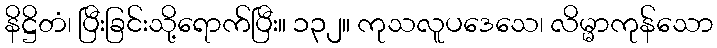
နိဋ္ဌိတံ၊ ပြီးခြင်းသို့ရောက်ပြီး။ ၁၃၂။ ကုသလူပဒေသေ၊ လိမ္မာကုန်သော